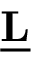
\underline { { \mathbf { L } } }